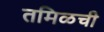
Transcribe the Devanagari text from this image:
तमिळची